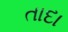
તાદા